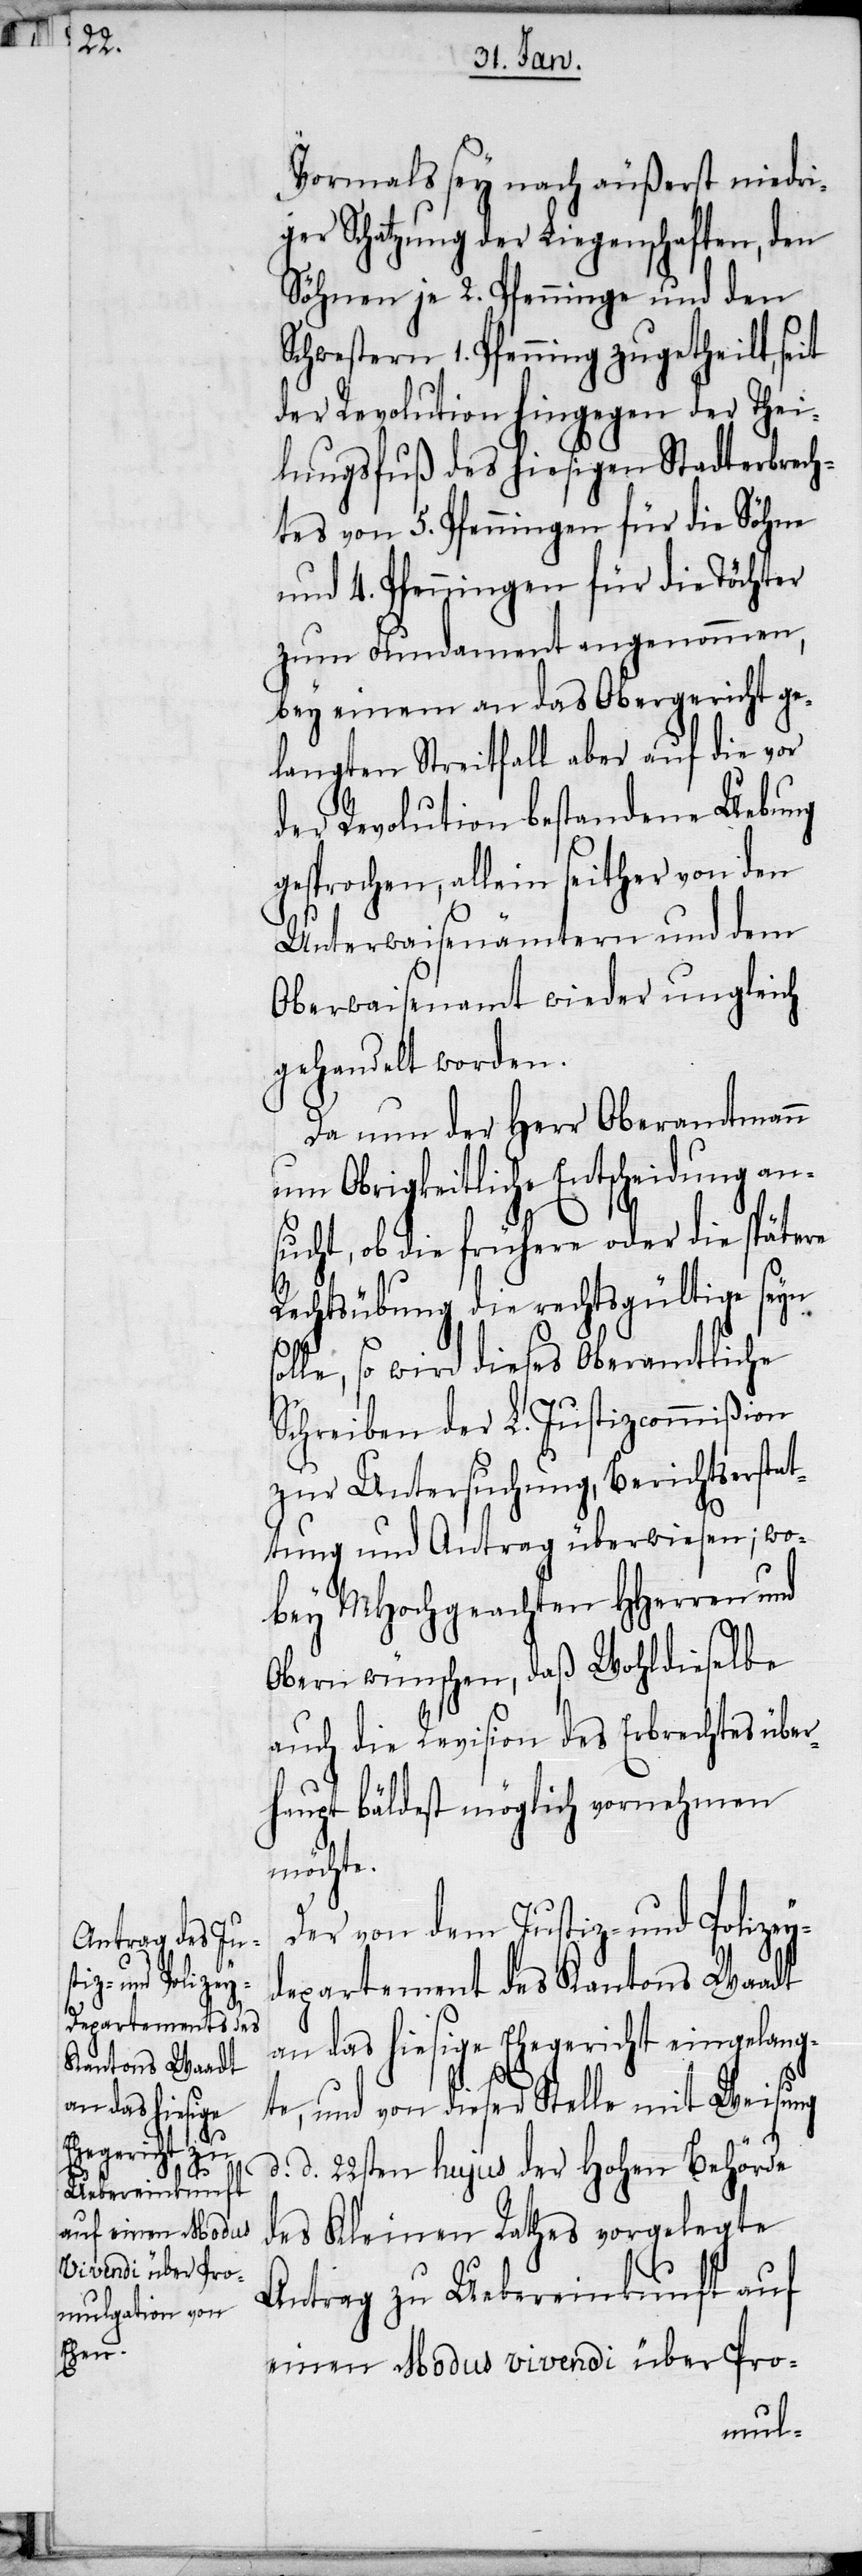
Vormals sey nach äußerst niedri¬
ger Schatzung der Liegenschaften, den
Söhnen je 2. Pfenninge und den
Schwestern 1. Pfenning zugetheilt, seit
der Revolution hingegen der Thei¬
lungsfuß des hiesigen Stadterbrech¬
tes von 5. Pfenningen für die Söhne
und 4. Pfenningen für die Töchter
zum Fundament angenommen,
bey einem an das Obergericht ge¬
langten Streitfall aber auf die vor
der Revolution bestandene Uebung
gesprochen, allein seither von den
Unterwaisenämtern und dem
Oberwaisenamt wieder ungleich
gehandelt worden.
Da nun der Herr Oberamtmann
um Obrigkeitliche Entscheidung ans¬
ucht, ob die frühere oder die spätere
Rechtsübung die rechtsgültige seyn
le, so wird dieses Oberamtliche
Schreiben der L. Justizcommißion
zur Untersuchung, Berichtserstat¬
tung und Antrag überwiesen; wo¬
bey MHochgeachten HHerren und
Obern wünschen, daß Wohldieselbe
auch die Revision des Erbrechtes über¬
haupt bäldest möglich vornehmen
möchte.
Der von dem Justiz- und Polizey¬
departement des Kantons Waadt
an das hiesige Ehegericht eingelang¬
te, und von dieser Stelle mit Weisung
d. 22sten hujus der Hohen Behörde
des Kleinen Rathes vorgelegte
Antrag zu Uebereinkunft auf
einen Modus vivendi über Pro-
sol¬